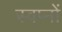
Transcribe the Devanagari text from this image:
स्वप्‍नों